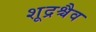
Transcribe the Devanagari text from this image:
शूद्रश्चैव